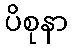
ပိစုနာ